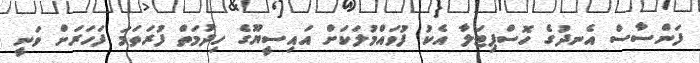
ފަންސާސް އެނދުގެ ހޮސްޕިޓަލާ އެކު ފުވައްމުލަކަށް އައިސީޔޫގެ ހިދުމަތް ފުރަތަމަ ފަހަރަށް ވަނީ